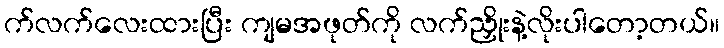
က်လက်လေးထားပြီး ကျမအဖုတ်ကို လက်ညှိုးနဲ့လိုးပါတော့တယ်။